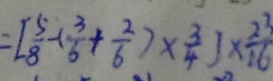
= [ \frac { 5 } { 8 } - ( \frac { 3 } { 6 } + \frac { 2 } { 6 } ) \times \frac { 3 } { 4 } ] \times \frac { 2 3 } { 1 6 }